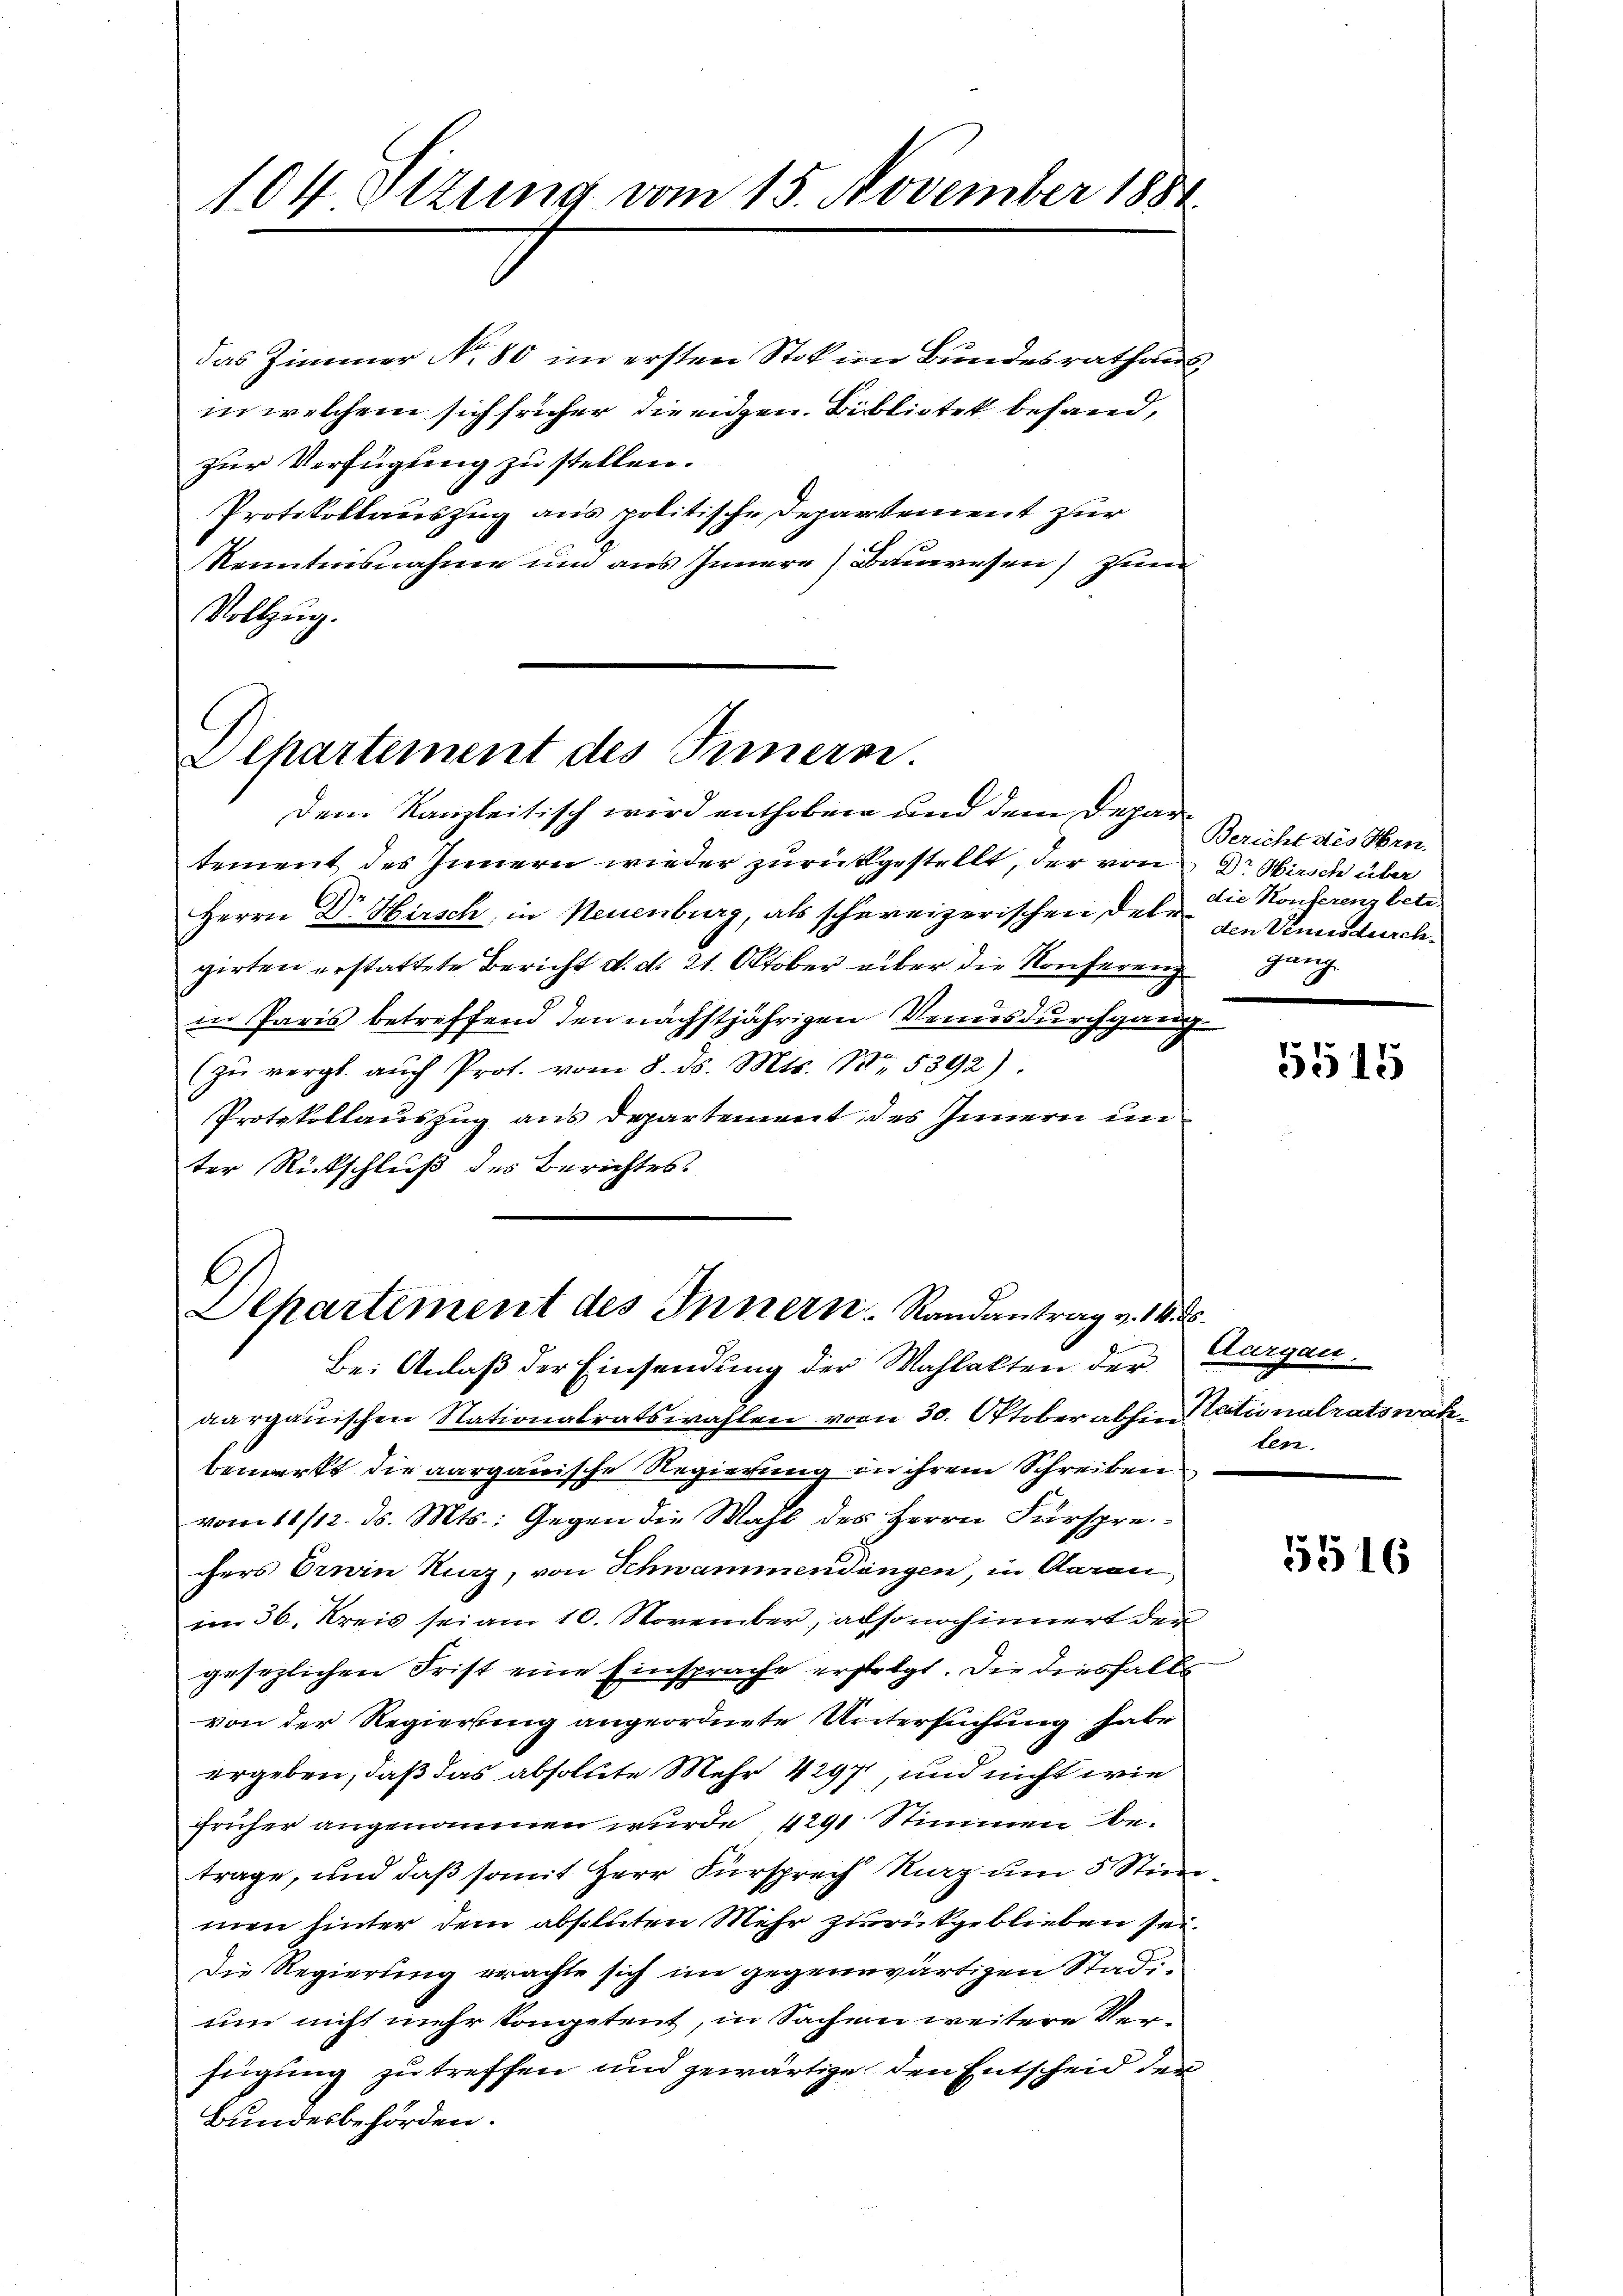
104 Ottung vom 15. November 1881

das Zimmer No. 80 im ersten Stokion Bundesrathaus
in welchem sich früher die eigen. Bibliotek behandzur Verfügung zu stellen.
Protokollauszug aus politische Departement zur
Kenntnisnahme um aus Innern Bauwesen zum
Vollzug.

Departement des Innern.
Dem Kanzleitisch wird enthoben und dem Depar¬

tement des Innern wieder zurückgestellt, der von Dr Wasch über
Herrn Dr Hirsch, in Neuenburg, als schereizerischen Deter den Ansdurchgirten erstattete Bericht d. d. 21. Oktober über die Konferenz
in Paris betreffend den nächstjährigen Venusdurchgang
(zŭ vergl. aŭch Prot. vom 8. ds. Mts. Nr. 5392).
Protokollauszug aus Departement des Innern un
ter Rückschluß des Berichtes.

G
Separtement des Innern Randantrag v. 14. ds.

Bei Anlaß der Einsendung der Wahlakten der
aargauischen Nationalratswahlen vom 30. Oktober abhin actionalratswah
bemerkt die aargauische Regierung in ihrem Schreiben
vom 11/12. ds. Mts.: Gegen die Mahl des Herrn Fürsprechers Erwin Maz, von Schwammendingen, in Aarau
im 36. Kreis sei am 10. November, also noch innert den
gesezlichen Frist eine Einsprache erfolgt. Die diesfall
von der Regierung angeordnete Untersuchung habe
ergeben, daß das absolute Mehr 4297, und nicht wie
früher angenommen wurde, 4291 Stimmen betrage, und daß somit Herr Fürsprech Niz um 5 Stim
men hinter dem absoluten Mehr zurückgeblieben sei.
Die Regierung erachte sich im gegenwärtigen Stadium nicht mehr kompetent, in Sacheni weitere Verfügung zu treffen und gewärtige den Entscheid der
Bundesbehörden.

Bericht des Hrn.
die Konferenz betr.
ganz

5515

Aargau.
ten.

5516